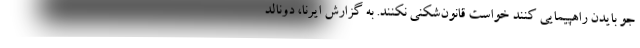
جو بایدن راهپیمایی کنند خواست قانون‌شکنی نکنند. به گزارش ایرنا، دونالد